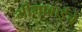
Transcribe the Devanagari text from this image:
भीमाबाईंचे